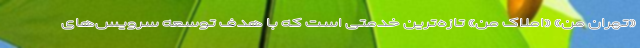
«تهران من» «املاک من» تازه‌ترین خدمتی است که با هدف توسعه سرویس‌های